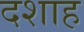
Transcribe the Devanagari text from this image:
दशाह